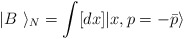
\begin{align*}|B~\rangle_N=\int [dx] |x, p=-\bar{p} \rangle\end{align*}